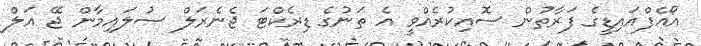
އޯއެފްއައިޑީގެ ފަރާތުން ސޮއިކުރެއްވީ އެ ތަނުގެ ޑިރެކްޓަ ޖެނެރަލް ސުލައިމާން ޖޭ އަލް